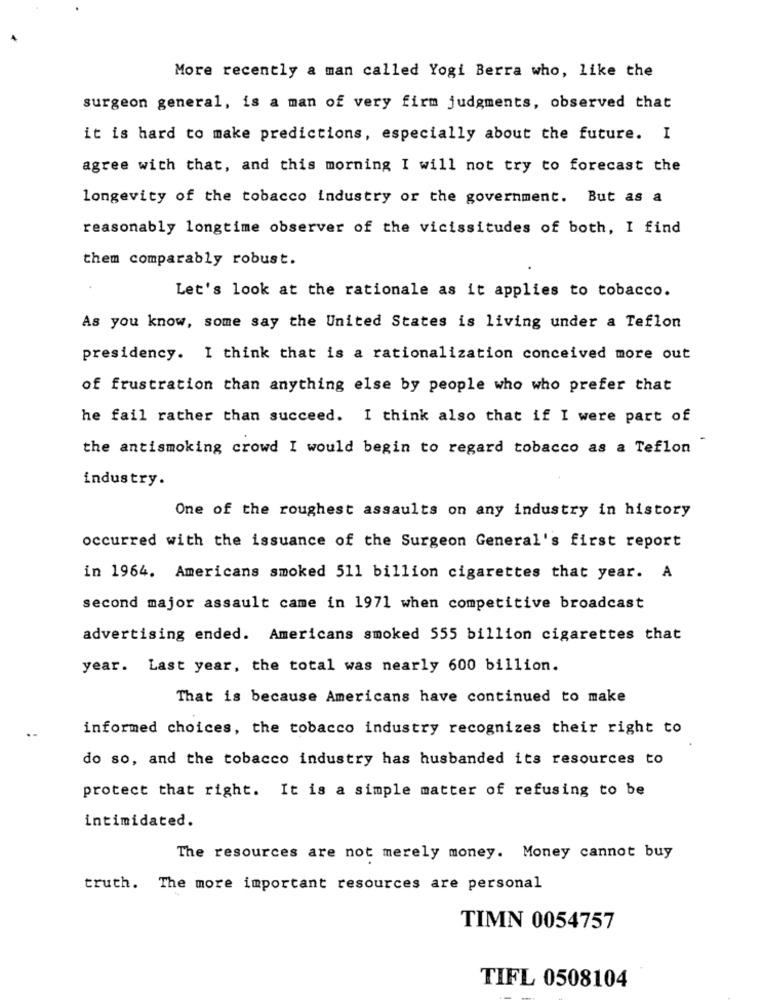
More recently a man called Yogi Berra who, like the
surgeon general, is a man of very firm judgments, observed that
it is hard to make predictions, especially about the future. I
agree with that, and this morning I will not try to forecast the
longevity of the tobacco industry or the government. But as a
reasonably longtime observer of the vicissitudes of both, I find
them comparably robust.
Let's look at the rationale as it applies to tobacco.
As you know, some say the United States is living under a Teflon
presidency. I think that is a rationalization conceived more out
of frustration than anything else by people who who prefer that
he fail rather than succeed. I think also that if I were part of
the antismoking crowd I would begin to regard tobacco as a Teflon
industry.
One of the roughest assaults on any industry in history
occurred with the issuance of the Surgeon General's first report
in 1964. Americans smoked 511 billion cigarettes that year. A
second major assault came in 1971 when competitive broadcast
advertising ended. Americans smoked 555 billion cigarettes that
year. Last year, the total was nearly 600 billion.
That is because Americans have continued to make
informed choices, the tobacco industry recognizes their right to
do so, and the tobacco industry has husbanded its resources to
protect that right. It is a simple matter of refusing to be
intimidated.
The resources are not merely money. Money cannot buy
truth. The more important resources are personal
TIMN 0054757
TIFL 0508104